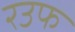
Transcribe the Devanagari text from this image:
रउफ